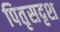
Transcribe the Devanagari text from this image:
पितृसदृश